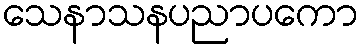
သေနာသနပညာပကော